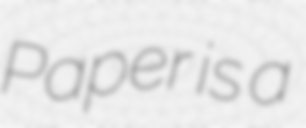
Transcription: Paper is a